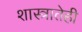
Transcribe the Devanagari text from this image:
शास्त्रातेही